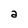
Character: a